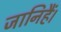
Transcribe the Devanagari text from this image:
जानिहैं।